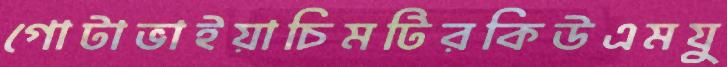
গোটাভাইয়াচিমটিরকিউএমযু